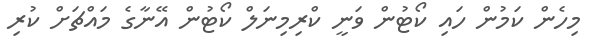
މިހެން ކަމުން ހައި ކޯޓުން ވަނީ ކްރިމިނަލް ކޯޓުން އޭނާގެ މައްޗަށް ކުރި